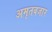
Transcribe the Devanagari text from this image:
अमृतबजार